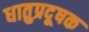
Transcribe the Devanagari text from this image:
धातुप्रदूषक